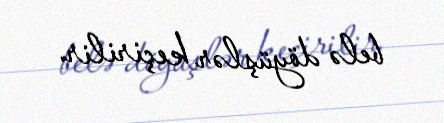
belə döyüşlər keçirilir.